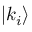
| k _ { i } \rangle